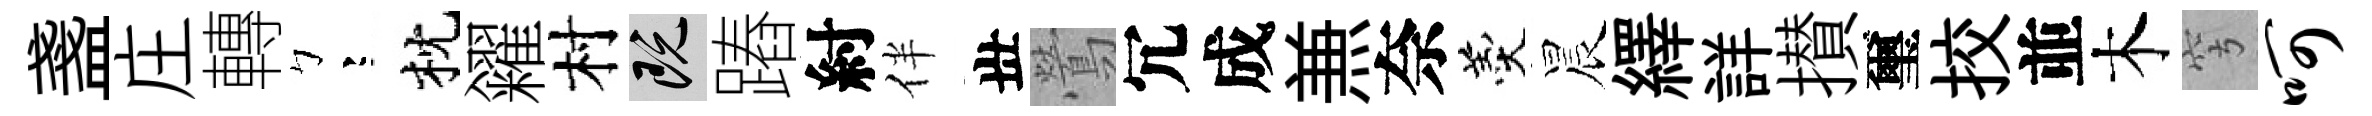
盞庄轉彎枕糴村既蹖紂伴丗鶯冗成𠔥奈羹晨繹詳攅璽挍並木穹呵